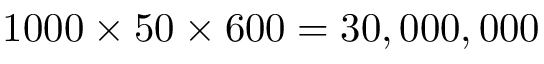
1 0 0 0 \times 5 0 \times 6 0 0 = 3 0 , 0 0 0 , 0 0 0